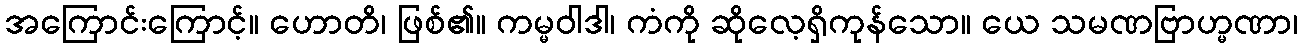
အကြောင်းကြောင့်။ ဟောတိ၊ ဖြစ်၏။ ကမ္မဝါဒါ၊ ကံကို ဆိုလေ့ရှိကုန်သော။ ယေ သမဏဗြာဟ္မဏာ၊